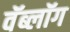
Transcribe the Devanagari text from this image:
वॅब्लॉग